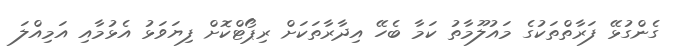
ގެންގުޅޭ ފަރާތްތަކުގެ މައުލޫމާތު ކަމާ ބެހޭ އިދާރާތަކަށް ރިޕޯޓްކޮށް ފިޔަވަޅު އެޅުމާއި އަމިއްލަ